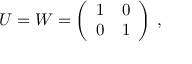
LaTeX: U = W = \left( \begin{array} { l l } { { 1 } } & { { 0 } } \\ { { 0 } } & { { 1 } } \end{array} \right) \, , \nonumber